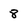
Character: 8